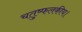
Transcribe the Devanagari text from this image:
चतुष्फलकीय।